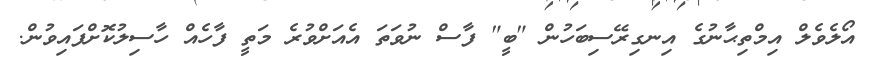
އޯލެވެލް އިމްތިޙާނުގެ އިނގިރޭސިބަހުން "ބީ" ފާސް ނުވަތަ އެއަށްވުރެ މަތީ ފާހެއް ހާސިލުކޮށްފައިވުން.